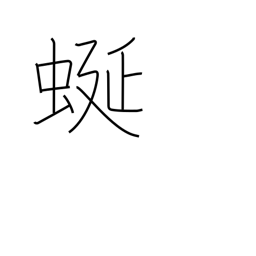
Meaning: meandering